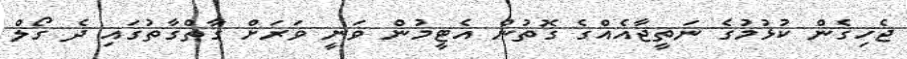
ޖެހިގެން ކުޅުމުގެ ނަތީޖާއެއްގެ ގޮތުން އެޓީމުން ވަނީ ވަރަށް ގާތްގާތުގައި ދެ ގޯލް